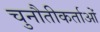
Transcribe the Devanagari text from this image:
चुनौतीकर्ताओं